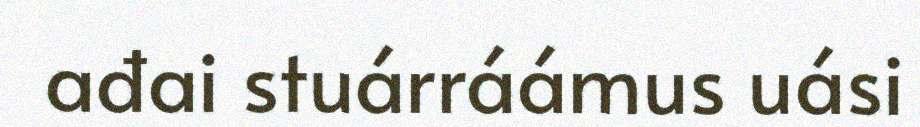
ađai stuárráámus uási